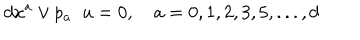
d x ^ { a } \vee p _ { a } \; \; u = 0 , \quad a = 0 , 1 , 2 , 3 , 5 , . . . , d